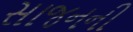
સાજનની